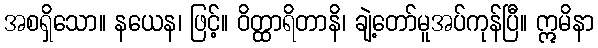
အစရှိသော။ နယေန၊ ဖြင့်။ ဝိတ္ထာရိတာနိ၊ ချဲ့တော်မူအပ်ကုန်ပြီ။ ဣမိနာ